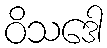
ဝိသဒေါ